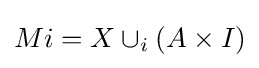
Mi=X\cup _{i}(A\times I)